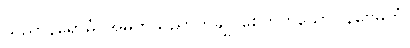
သညာနိရောဓံ၊ အမှတ်သညာကိုချုပ်စေတတ်သော။ နိဗ္ဗေဓိကံ၊